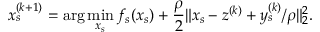
x _ { s } ^ { ( k + 1 ) } = \arg \operatorname* { m i n } _ { x _ { s } } f _ { s } ( x _ { s } ) + \frac { \rho } { 2 } \| x _ { s } - z ^ { ( k ) } + y _ { s } ^ { ( k ) } / \rho \| _ { 2 } ^ { 2 } .